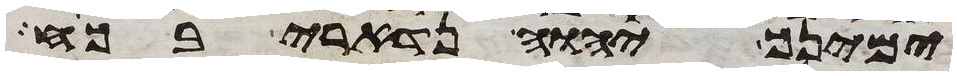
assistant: ימינך יהוה נדארי בכח